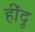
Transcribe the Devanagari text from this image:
हींदू